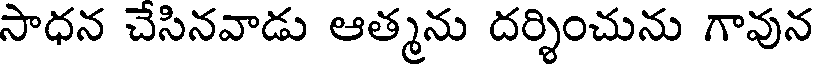
సాధన చేసినవాడు ఆత్మను దర్శించును గావున